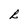
Character: R